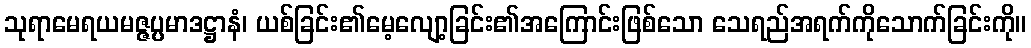
သုရာမေရယမဇ္ဇပ္ပမာဒဋ္ဌာနံ၊ ယစ်ခြင်း၏မေ့လျော့ခြင်း၏အကြောင်းဖြစ်သော သေရည်အရက်ကိုသောက်ခြင်းကို။